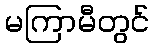
မကြာမီတွင်